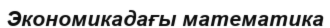
Экономикадағы математика